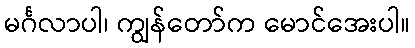
မင်္ဂလာပါ၊ ကျွန်တော်က မောင်အေးပါ။